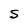
Character: S